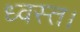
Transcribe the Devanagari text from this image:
ध्वस्त।